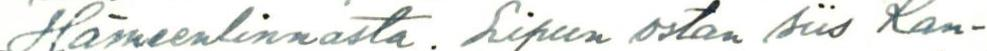
Hämeenlinnasta. Lipun ostan siis Kan-